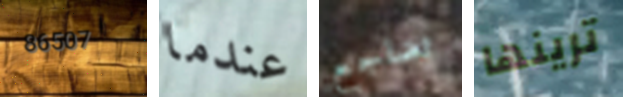
86507 عندما تضاجع ترينها